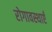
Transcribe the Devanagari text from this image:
रोगावस्थाएँ